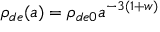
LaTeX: \rho _ { d e } ( a ) = \rho _ { d e 0 } a ^ { - 3 ( 1 + w ) }